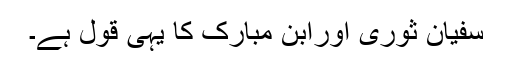
سفیان ثوری اورابن مبارک کا یہی قول ہے۔